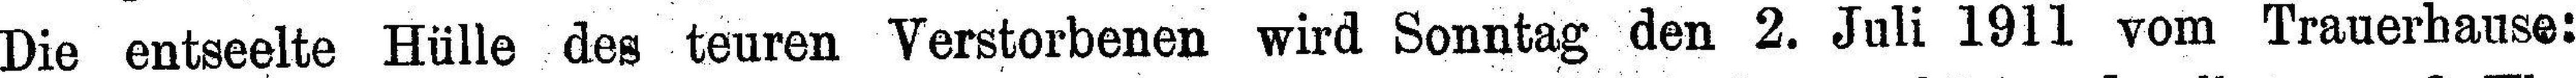
Die entseelte Hülle des teuren Verstorbenen wird Sonntag den 2. Juli 1911 vom Trauerhause: